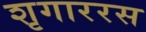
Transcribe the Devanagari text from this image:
शृगाररस